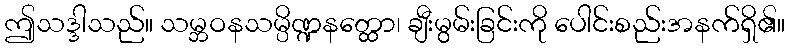
ဤသဒ္ဒါသည်။ သမ္ဘဝနသမ္ပိဏ္ဍနတ္ထော၊ ချီးမွမ်းခြင်းကို ပေါင်းစည်းအနက်ရှိ၏။